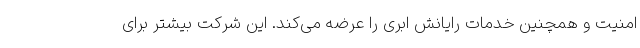
امنیت و همچنین خدمات رایانش ابری را عرضه می‌کند. این شرکت بیشتر برای